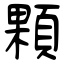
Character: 顆